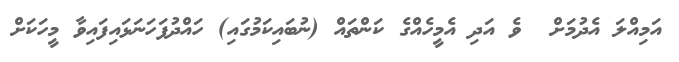
އަމިއްލަ އެދުމަށް  ވެ އަދި އެމީހެއްގެ ކަންތައް (ނުބައިކަމުގައި) ހައްދުފަހަނަޅައިފައިވާ މީހަކަށް